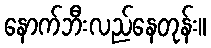
နောက်ဘီးလည်နေတုန်း။